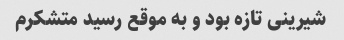
شیرینی تازه بود و به موقع رسید متشکرم